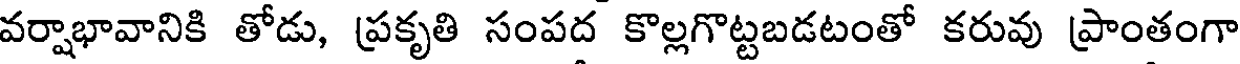
వర్షాభావానికి తోడు, ప్రకృతి సంపద కొల్లగొట్టబడటంతో కరువు ప్రాంతంగా